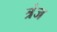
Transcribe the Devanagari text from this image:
त्रंज